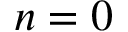
n = 0